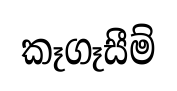
කෑගෑසීම්